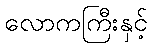
လောကကြီးနှင့်